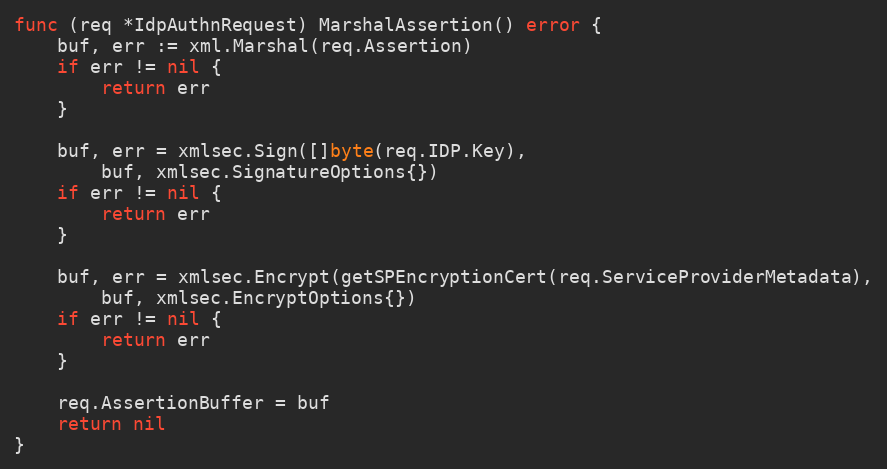
Language: Go
func (req *IdpAuthnRequest) MarshalAssertion() error {
	buf, err := xml.Marshal(req.Assertion)
	if err != nil {
		return err
	}

	buf, err = xmlsec.Sign([]byte(req.IDP.Key),
		buf, xmlsec.SignatureOptions{})
	if err != nil {
		return err
	}

	buf, err = xmlsec.Encrypt(getSPEncryptionCert(req.ServiceProviderMetadata),
		buf, xmlsec.EncryptOptions{})
	if err != nil {
		return err
	}

	req.AssertionBuffer = buf
	return nil
}